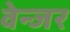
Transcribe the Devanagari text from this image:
वेन्जर